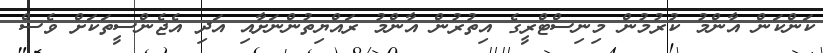
ކަންކަން އާންމު ކުރުމުން މިނިސްޓްރީގެ އިތުރުން އާންމު ރައްޔިތުންނަށާއި އަދި އެޖެންސީތަކަށް ވެސް